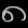
Digit: ၈